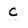
Character: c